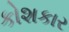
કોશકાર